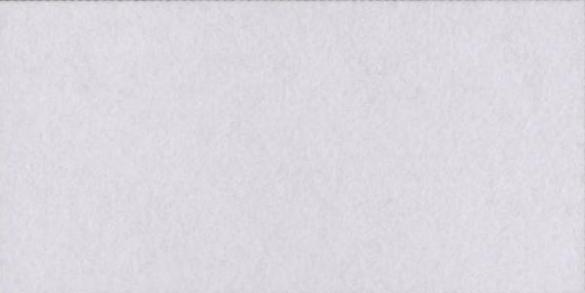
कहॉं